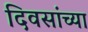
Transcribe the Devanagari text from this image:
दिवसांच्‍या